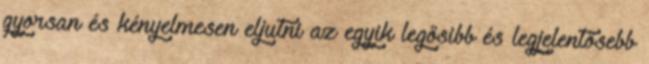
gyorsan és kényelmesen eljutni az egyik legősibb és legjelentősebb